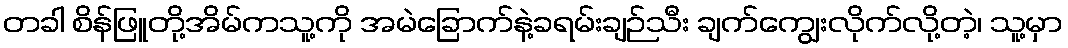
တခါ စိန်ဖြူတို့အိမ်ကသူ့ကို အမဲခြောက်နဲ့ခရမ်းချဉ်သီး ချက်ကျွေးလိုက်လို့တဲ့၊ သူ့မှာ